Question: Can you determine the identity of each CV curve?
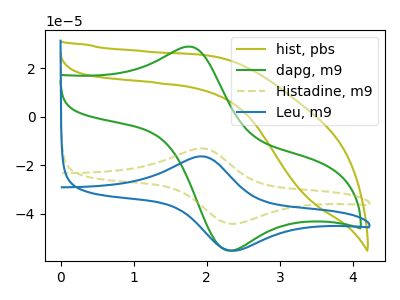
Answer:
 <answer>The olive curve is labeled "hist, pbs". The green curve is labeled "dapg, m9". The olive dashed curve is labeled "Histadine, m9". The blue curve is labeled "Leu, m9".</answer>
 <eval></eval>